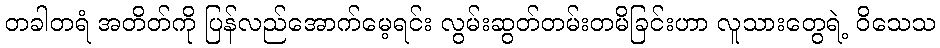
တခါတရံ အတိတ်ကို ပြန်လည်အောက်မေ့ရင်း လွမ်းဆွတ်တမ်းတမိခြင်းဟာ လူသားတွေရဲ့ ဝိသေသ